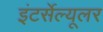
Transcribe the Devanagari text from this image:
इंटर्सेल्यूलर